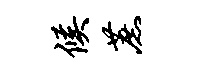
候蔗